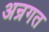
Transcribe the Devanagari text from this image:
अन्रगत